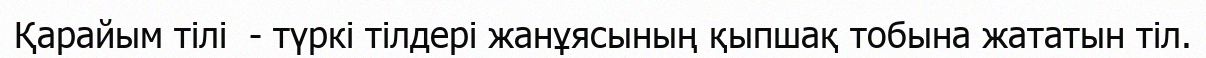
Қарайым тілі  - түркі тілдері жанұясының қыпшақ тобына жататын тіл.